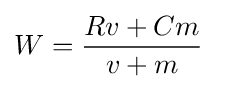
W={Rv+Cm \over v+m}\